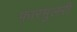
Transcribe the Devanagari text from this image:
फ़ारमुलरी